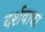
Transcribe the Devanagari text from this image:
दर्शवावा